Insane asylums in Bengal annual reports 1876-1887 - 1876-1887
Year: 1876
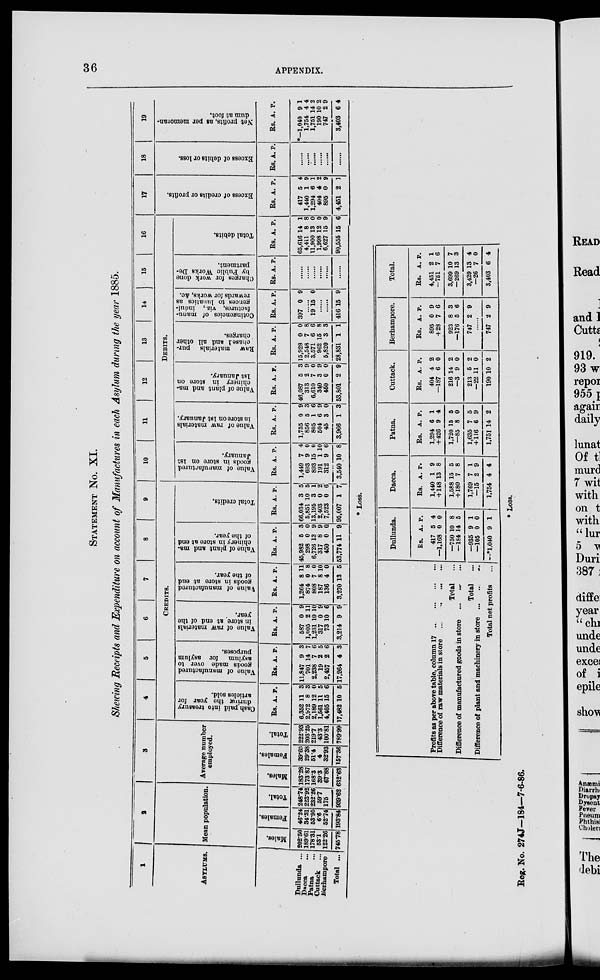
36
APPENDIX.
STATEMENT No. XI.
Showing Receipts and Expenditure on account of Manufactures in each Asylum during the year 1885.
1
ASYLUMS.
Dullunda ...
Dacca ...
Patna ...
Cuttack ...
Berhampore
Total ...
2
Mean population.
Males.
202.50
189.61
178.31
53.1
122.26
745.78
Females.
46.24
34.31
53.95
6.6
52.74
193.84
Total.
248.74
223.92
232.26
59.7
175
939.62
3
Average number
employed.
Males.
183.28
173.87
168.3
39.3
67.88
632.63
Females.
39.65
29.38
51.4
4
32.93
157.36
Total.
222.93
203.25
219.7
43.3
100.81
789.99
4
5
6
7
8
9
CREDITS.
Cash paid into treasury
during the year for
articles sold.
Rs.
6,352
2,972
2,189
1,561
4,405
17,482
A.
11
8
12
11
15
10
P.
3
3
0
5
6
5
Value of manufactured
goods made over to
asylum for asylum
purposes.
Rs.
11,847
701
2,238
19
2,457
17,264
A.
9
14
7
2
2
4
P.
3
7
6
5
6
3
Value of raw materials
in store at end of the
year.
Rs.
587
1,005
1,231
317
73
3,214
A.
0
2
10
0
10
9
P.
9
11
10
9
6
9
Value of manufactured
goods in store at end
of the year.
Rs.
1,264
874
808
187
136
3,270
A.
8
0 7
8
4
13
P.
11
8
0
10
0
5
Value of plant and ma-
chinery in store at end
of the year.
Rs.
45,982
298
6,726
317
450
53,774
A.
5
0
13
8
0
11
P.
3
0 9
9
0
9
Total credits.
Rs.
66,034
5,851
13,195
2,403
7,523
95,007
A.
3
10
3
0
0
1
P.
5
5
1
2
6
7
10
11
12
13
14
15
16
DEBITS.
Value of manufactured
goods in store on 1st,
January.
Rs.
1,449
693
893
191
312
3,540
A.
7
9
15
1
9
10
P.
4
0
0
10
6
8
Value of raw materials
in store on 1st January.
Rs.
1,755
856
805
504
46
3,966
A.
0
5
1
6
3
1
P.
9
3
6
9
0
3
Value of plant and ma-
chinery in store on
1st January.
Rs.
46,087
313
6,610
340
450
53,801
A.
5
2
7
3
0
2
P.
3
9
0
9
0
9
Raw
materials pur-
chase and all other
charges.
Rs.
15,928
2,548
3,571
962
5,820
28,831
A.
0
7
6
15
3
1
P.
0
8
6
8
3
1
Cotingencies
of manu-
factures, viz., indul-
gences to lunatics as
rewards for works, &c.
Rs.
397
A.
0
P.
9
......
19 15 0
......
......
416 15 9
Charges for work done
by Public Works De-
partment.
Rs. A. P.
......
......
......
......
......
......
Total debits.
Rs.
65,616
4,411
11,900
1,998
6,627
90,555
A.
14
8
13
12
15
15
P.
1
8
0
0
9
6
17
Excess of credits or profits.
Rs.
417
1,440
1,294
404
895
4,451
A.
5
1
6
4
0
2
P.
4
9
1
2
9
1
18
Excess of debits or loss.
Rs. A. P.
......
......
......
......
......
......
19
Net profits, as per memoran-
dum at foot.
Rs.
*—1,040
1,754
1,751
190
747
3,403
A.
9
4
14
10
2
6
P.
1
4
2
2
9
4
* Loss.
Profits as per above table, column 17
...
...
...
...
Difference of raw materials in store
...
...
...
...
Total
...
Difference of manufactured goods in store
... ... ... ...
Total ...
Difference of plant and machinery in store
...
...
...
Total net profits
Dullunda.
Rs.
417
—1,168
—750
—184
—935
—105
—* 1,040
A.
5
0
10
14
9
0
9
P.
4
0
8
5
1
0
1
Dacca.
Rs.
1,440
+ 148
1,588
+ 180
1,769
—15
1,764
A.
1
13
15
7
7
2
4
P.
9
8
5
8
1
9
4
Patna.
Rs.
1,294
+ 426
1,720
—85
1,635
+ 116
1,751
A.
6
9
15
8
7
6
14
P.
1
4
5
0
5
9
2
Cuttack.
Rs.
404
—187
216
—3
213
—22
190
A.
4
6
14
9
6
11
10
P.
2
0
2
0
2
0
2
Berhampore.
Rs.
895
+ 28
923
—176
747
A.
0
7
8
5
2
P.
9
6
3
6
9
......
747 2 9
Total.
Rs.
4,451
—751
3,699
—269
3,429
—26
3,403
A.
2
7
10
13
13
7
6
P.
1
6
7
3
4
0
4
* Loss.
Reg. No. 274J—184—7-6-86.